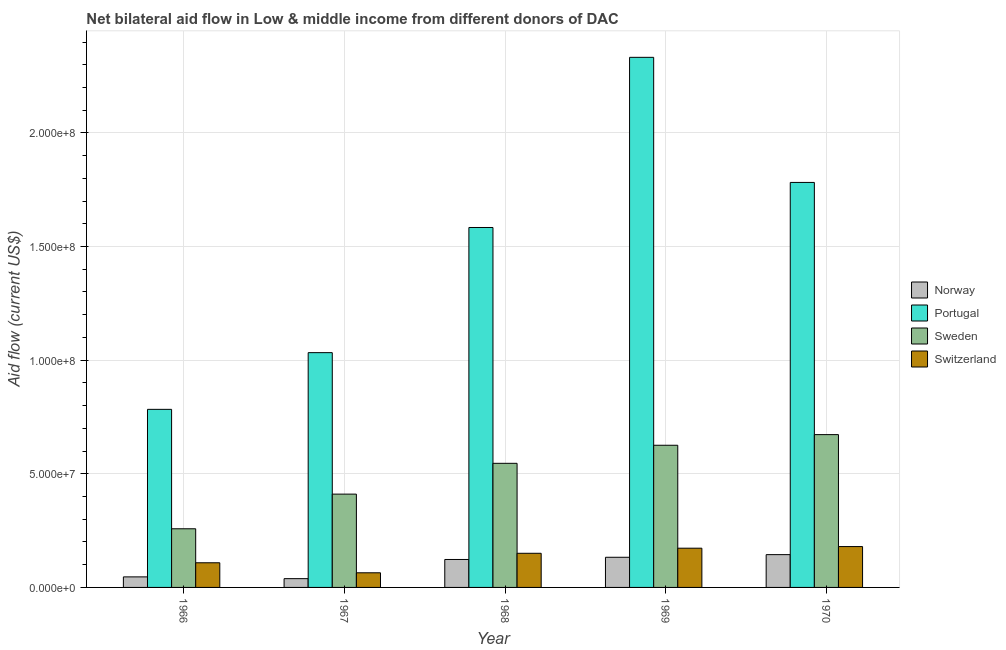
| Year | Norway | Portugal | Sweden | Switzerland |
 | --- | --- | --- | --- | --- |
 | 1966 | 4.64e+06 | 7.84e+07 | 2.58e+07 | 1.08e+07 |
 | 1967 | 3.86e+06 | 1.03e+08 | 4.11e+07 | 6.44e+06 |
 | 1968 | 1.23e+07 | 1.58e+08 | 5.46e+07 | 1.5e+07 |
 | 1969 | 1.33e+07 | 2.33e+08 | 6.26e+07 | 1.73e+07 |
 | 1970 | 1.44e+07 | 1.78e+08 | 6.72e+07 | 1.8e+07 |